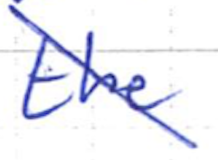
Text: the
Cross-out: mix
Writing tool: ballpoint